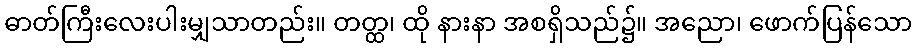
ဓာတ်ကြီးလေးပါးမျှသာတည်း။ တတ္ထ၊ ထို နားနာ အစရှိသည်၌။ အညော၊ ဖောက်ပြန်သော